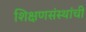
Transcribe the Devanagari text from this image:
शिक्षणसंस्थांची